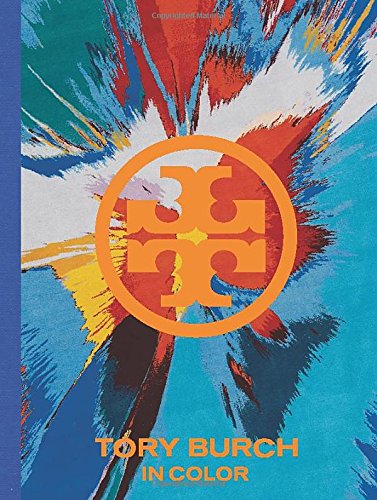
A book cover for Tory Burch: In Color; Tory Burch; Humor & Entertainment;